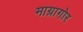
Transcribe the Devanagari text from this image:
माग्रागोर